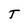
Character: T